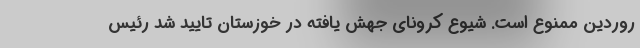
روردین ممنوع است. شیوع کرونای جهش یافته در خوزستان تایید شد رئیس